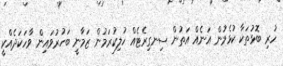
ހުރި ބޮޅުތަކާ ކުޅެމުން އަނެއް އަތުން ސިނގިރެޓެއް ހުލިކުރަމުން ޒަމާނީ ބަހުރުވައިން ވާހަކަދެއްކީ